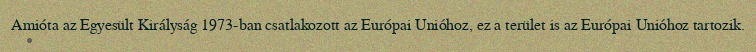
Amióta az Egyesült Királyság 1973-ban csatlakozott az Európai Unióhoz, ez a terület is az Európai Unióhoz tartozik.